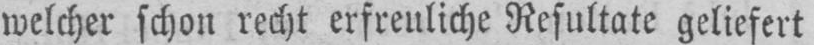
welcher schon recht erfreuliche Resultate geliefert